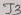
Text: T2